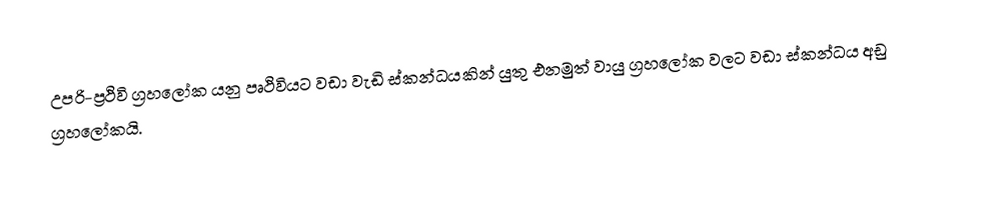
උපරි-ප්‍රථිවි ග්‍රහලෝක යනු පෘථිවියට වඩා වැඩි ස්කන්ධයකින් යුතු එනමුත් වායු ග්‍රහලෝක වලට වඩා ස්කන්ධය අඩු ග්‍රහලෝකයි.